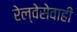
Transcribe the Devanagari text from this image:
रेल्वेसेवाही